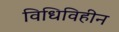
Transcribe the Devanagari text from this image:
विधिविहीन